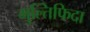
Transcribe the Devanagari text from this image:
मुल्तिफिदा